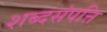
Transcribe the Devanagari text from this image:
शब्दसंपत्ति